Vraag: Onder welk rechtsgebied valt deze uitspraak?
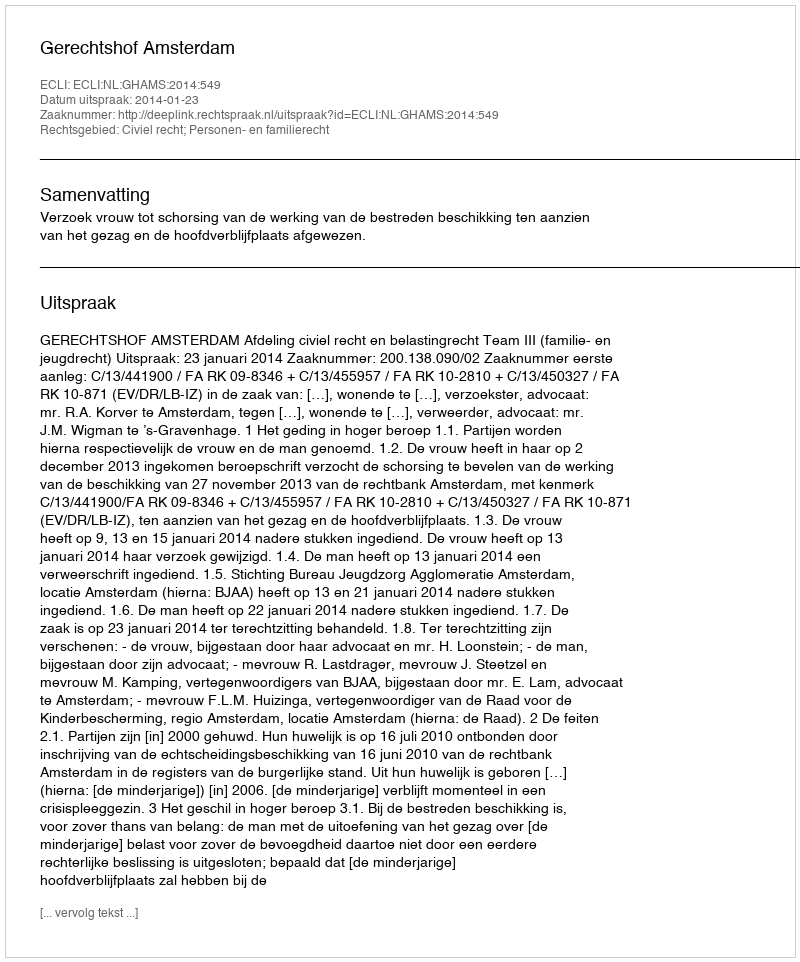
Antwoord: Civiel recht; Personen- en familierecht